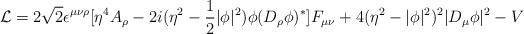
LaTeX: \begin{align*}{\cal L} = 2\sqrt{2}\epsilon^{\mu\nu\rho}[\eta^{4}A_{\rho} - 2i(\eta^{2}-\frac{1}{2} \vert\phi\vert^{2})\phi (D_{\rho}\phi)^{*}]F_{\mu\nu} +4(\eta^{2} - \vert\phi\vert^{2})^{2}\vert D_{\mu}\phi\vert^{2} -V\end{align*}